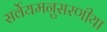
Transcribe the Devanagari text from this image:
सर्वेयमनुसरणीया